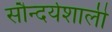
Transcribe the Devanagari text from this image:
सौन्दर्यशाली